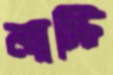
ন্যাস্টি